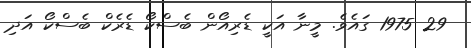
29 1975 ގައެވެ. މީނާ އަކީ ޑެރިއޯން ބެސްކޯ ޑެރެކް ބެސްކޯ އަދި